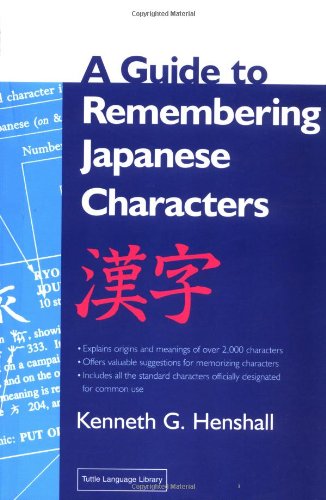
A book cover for A Guide to Remembering Japanese Characters; Kenneth G. Henshall; Reference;